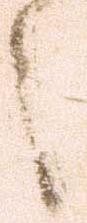
之